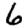
Digit: 6